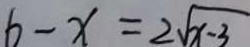
b - x = 2 \sqrt { x - 3 }